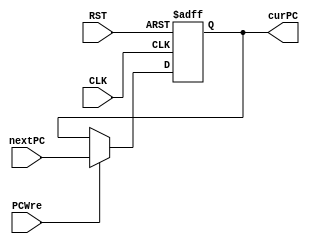
`timescale 1ns / 1ps
//////////////////////////////////////////////////////////////////////////////////
// Company: 
// Engineer: 
// 
// Design Name: 
// Module Name: PC
// Project Name: 
// Target Devices: 
// Tool Versions: 
// Description: 
// 
// Dependencies: 
// 
// Revision:
// Revision 0.01 - File Created
// Additional Comments:
// 
//////////////////////////////////////////////////////////////////////////////////


module PC(
       input CLK,               //
       input RST,             //0-PC
       input PCWre,             //0-1-
       input [31:0] nextPC,  //
       output reg[31:0] curPC //
    );
    
    initial begin
        curPC <= 0;
    end

    always@(posedge CLK or negedge RST)
    begin
        if(!RST) // Reset == 0, PC = 0
            begin
                curPC <= 0;
            end
        else 
            begin
                if(PCWre) // PCWre == 1
                    begin 
                        curPC <= nextPC;
                    end
                else    // PCWre == 0, halt
                    begin
                        curPC <= curPC;
                    end
            end
    end
endmodule